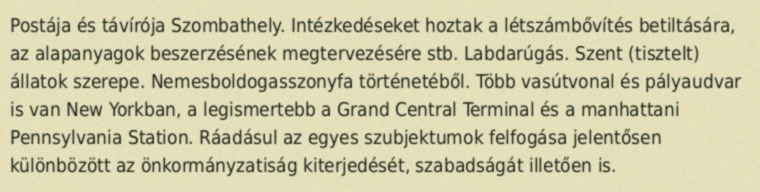
Postája és távírója Szombathely. Intézkedéseket hoztak a létszámbővítés betiltására, az alapanyagok beszerzésének megtervezésére stb. Labdarúgás. Szent (tisztelt) állatok szerepe. Nemesboldogasszonyfa történetéből. Több vasútvonal és pályaudvar is van New Yorkban, a legismertebb a Grand Central Terminal és a manhattani Pennsylvania Station. Ráadásul az egyes szubjektumok felfogása jelentősen különbözött az önkormányzatiság kiterjedését, szabadságát illetően is.